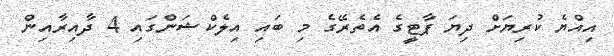
އިއްޔެ ކުރިޔަށް ދިޔަ ޕާޓީގެ އެތެރޭގެ މި ބައި އިލެކްޝަންގައި 4 ދާއިރާއިން